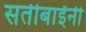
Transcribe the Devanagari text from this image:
सतीबाईंनी